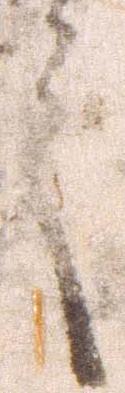
言